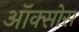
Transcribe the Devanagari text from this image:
ऑक्सोस